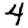
Digit: 4